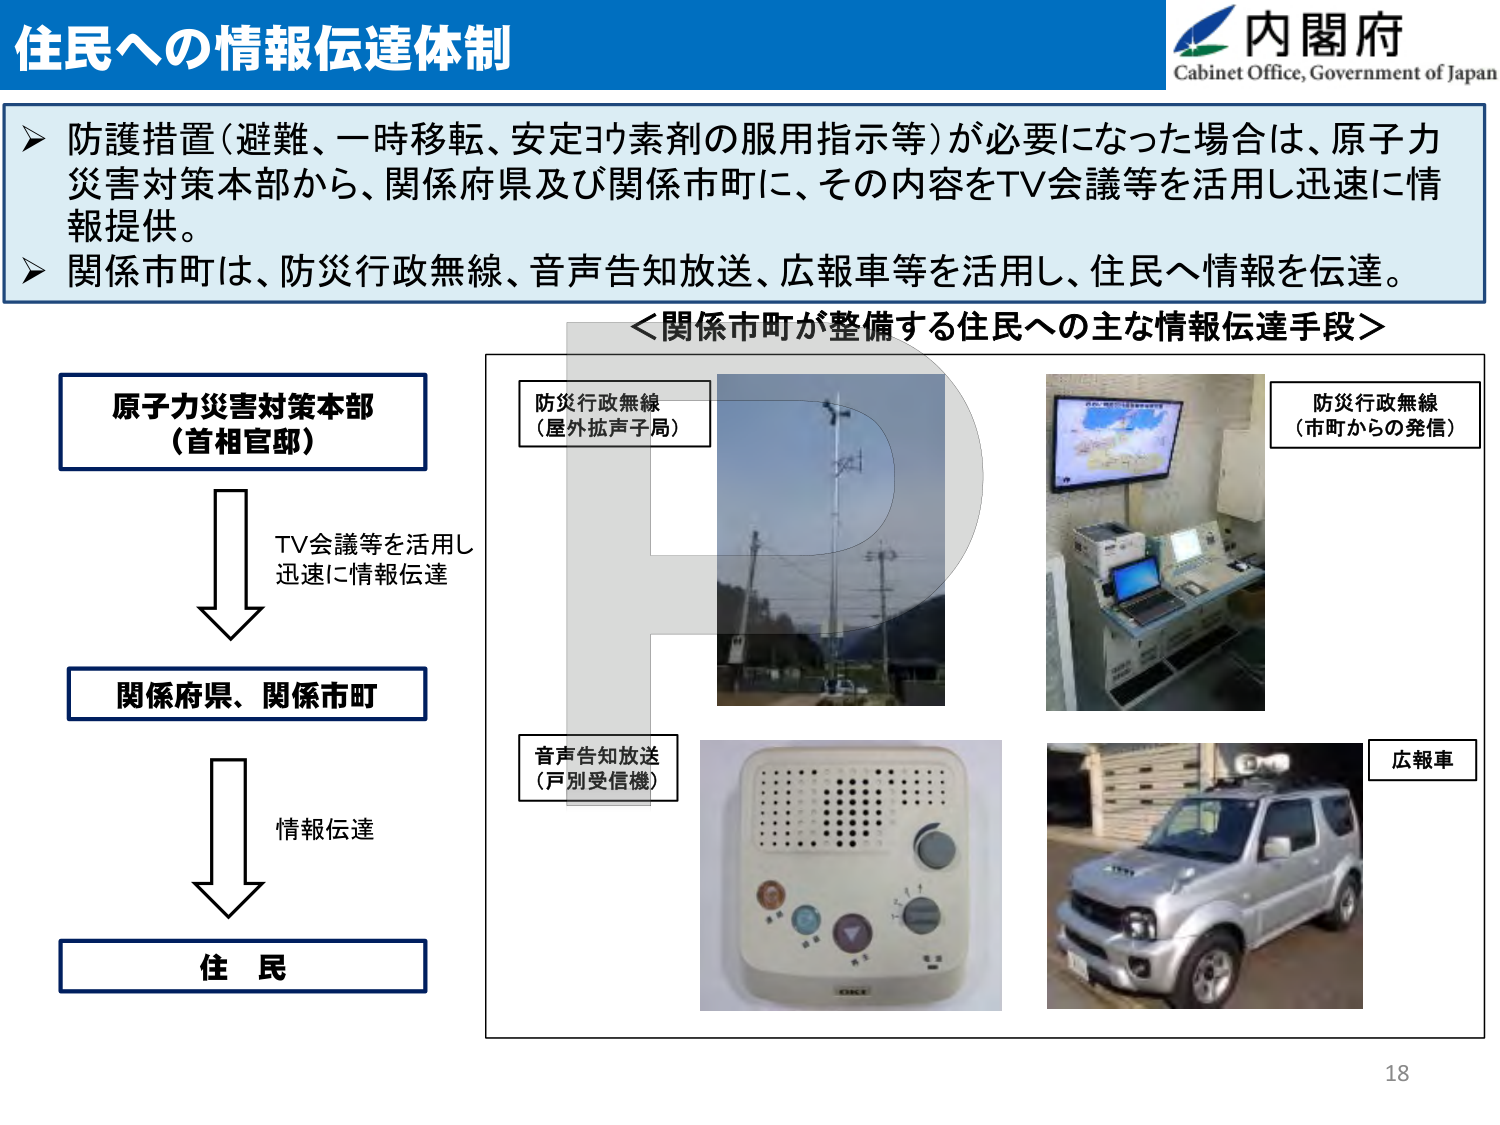
住民への情報伝達体制

内閣府
Cabinet Office, Government of Japan

➤ 防護措置（避難、一時移転、安定ヨウ素剤の服用指示等）が必要になった場合は、原子力災害対策本部から、関係府県及び関係市町に、その内容をTV会議等を活用し迅速に情報提供。
➤ 関係市町は、防災行政無線、音声告知放送、広報車等を活用し、住民へ情報を伝達。

＜関係市町が整備する住民への主な情報伝達手段＞

原子力災害対策本部
（首相官邸）

TV会議等を活用し
迅速に情報伝達

関係府県、関係市町

情報伝達

住 民

防災行政無線
（屋外拡声子局）

防災行政無線
（市町からの発信）

音声告知放送
（戸別受信機）

広報車

18